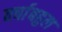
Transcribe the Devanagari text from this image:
वर्षाबहुल